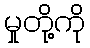
မှုတို့ကို